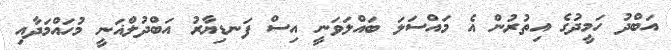
އަބްދު ހަމީދުގެ އިތުރުން އެ މައްސަލަ ބައްލަވަނީ އިސް ފަނޑިޔާރު އަބްދުލްޣަނީ މުހައްމަދާއި